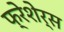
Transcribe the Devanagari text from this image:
फ्रेशेर्स